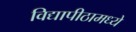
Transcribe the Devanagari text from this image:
विद्यापीठामध्‍ये